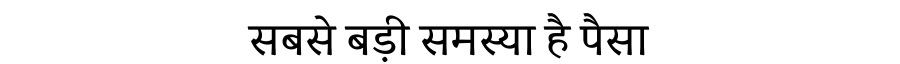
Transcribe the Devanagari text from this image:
सबसे बड़ी समस्या है पैसा